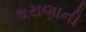
ઘરાણાની